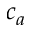
c _ { a }